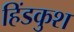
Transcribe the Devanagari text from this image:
हिंडकुश